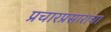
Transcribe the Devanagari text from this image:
प्रचारप्रसाराचा